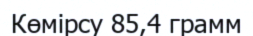
Көмірсу 85,4 грамм